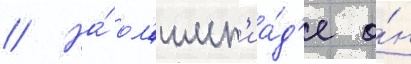
// На́ ол'имп'иа́д'е о́н